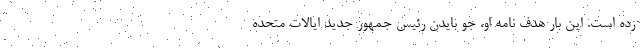
زده است. این بار هدف نامه او، جو بایدن رئیس جمهور جدید ایالات متحده